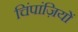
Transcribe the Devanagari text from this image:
चिंपांज़ियों